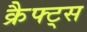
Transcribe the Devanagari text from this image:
क्रैफ्ट्स